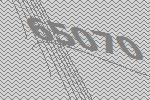
65070